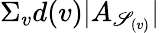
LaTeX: \Sigma_{v}d(v)|A_{\mathscr{S}_{(v)}}|